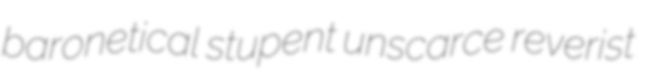
baronetical stupent unscarce reverist